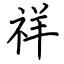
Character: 祥